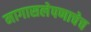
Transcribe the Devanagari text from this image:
मागासलेपणाचेच